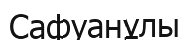
Сафуанұлы